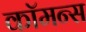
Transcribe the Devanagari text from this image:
कॉमन्‍स